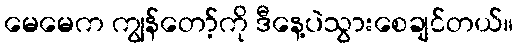
မေမေက ကျွန်တော့်ကို ဒီနေ့ပဲသွားစေချင်တယ်။